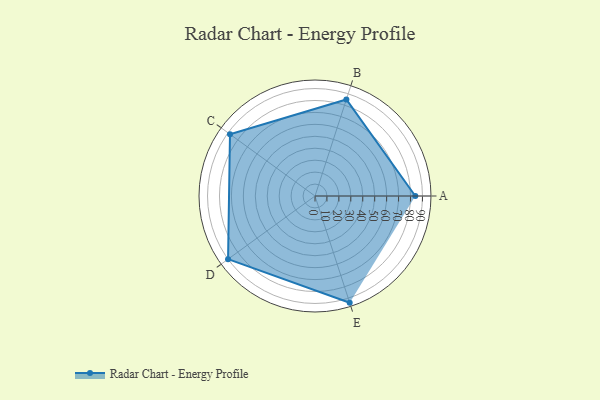
{"axis": {"x": "Skill", "y": "Score"}, "legend": ["Profile"], "data": [{"x": "A", "y": 84.0, "type": "Profile"}, {"x": "B", "y": 85.0, "type": "Profile"}, {"x": "C", "y": 88.0, "type": "Profile"}, {"x": "D", "y": 90.0, "type": "Profile"}, {"x": "E", "y": 94.0, "type": "Profile"}]}